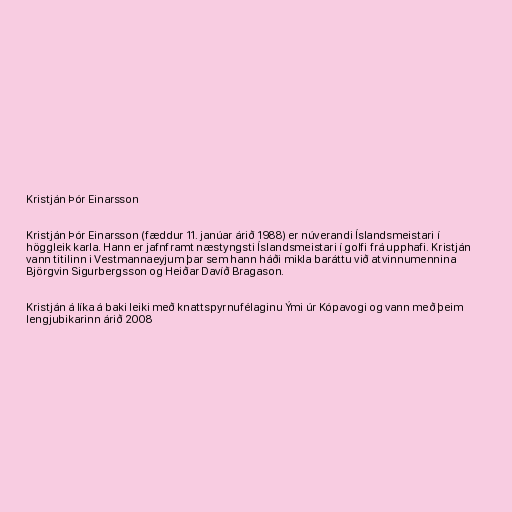
Kristján Þór Einarsson

Kristján Þór Einarsson (fæddur 11. janúar árið 1988) er núverandi Íslandsmeistari í
höggleik karla. Hann er jafnframt næstyngsti Íslandsmeistari í golfi frá upphafi. Kristján
vann titilinn i Vestmannaeyjum þar sem hann háði mikla baráttu við atvinnumennina
Björgvin Sigurbergsson og Heiðar Davíð Bragason.

Kristján á líka á baki leiki með knattspyrnufélaginu Ými úr Kópavogi og vann með þeim
lengjubikarinn árið 2008